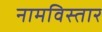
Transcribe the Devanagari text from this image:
नामविस्‍तार